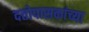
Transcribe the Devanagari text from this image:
दत्तोपासकांच्या